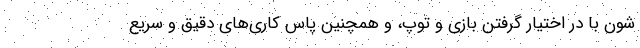
شون با در اختیار گرفتن بازی و توپ، و همچنین پاس کاری‌‌های دقیق و سریع